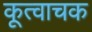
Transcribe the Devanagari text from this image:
कूत्वाचक